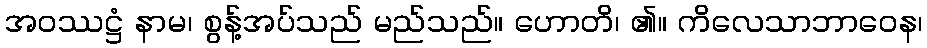
အဝဿဋ္ဌံ နာမ၊ စွန့်အပ်သည် မည်သည်။ ဟောတိ၊ ၏။ ကိလေသာဘာဝေန၊